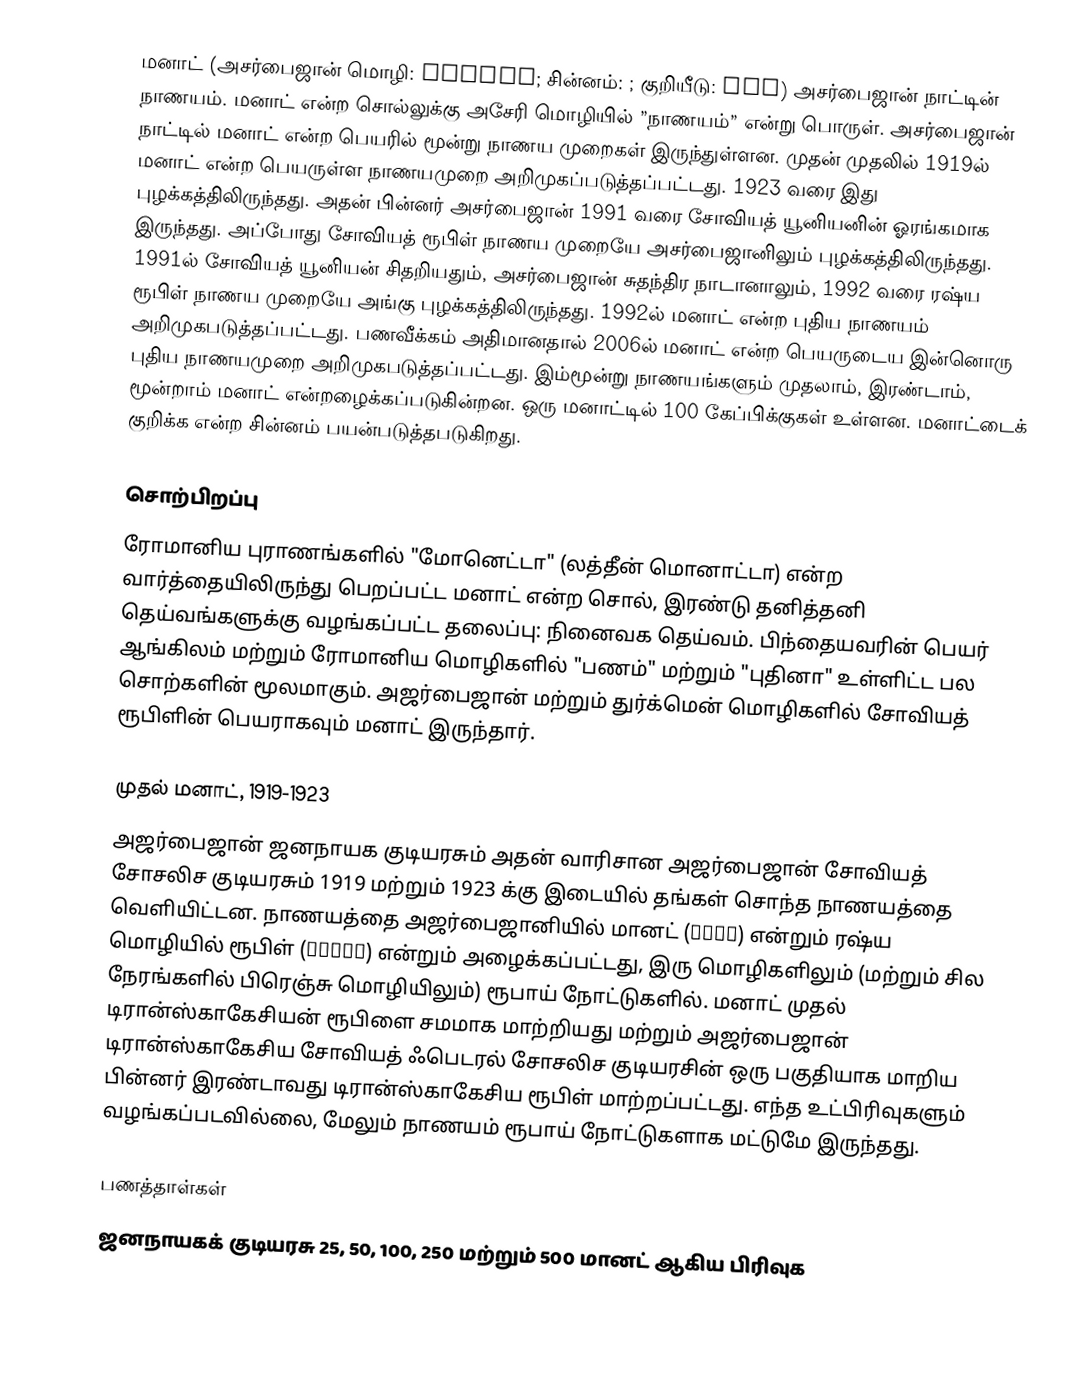
மனாட் (அசர்பைஜான் மொழி: manatı; சின்னம்: ; குறியீடு: AZN) அசர்பைஜான் நாட்டின் நாணயம். மனாட் என்ற சொல்லுக்கு அசேரி மொழியில் ”நாணயம்” என்று பொருள். அசர்பைஜான் நாட்டில் மனாட் என்ற பெயரில் மூன்று நாணய முறைகள் இருந்துள்ளன. முதன் முதலில் 1919ல் மனாட் என்ற பெயருள்ள நாணயமுறை அறிமுகப்படுத்தப்பட்டது. 1923 வரை இது புழக்கத்திலிருந்தது. அதன் பின்னர் அசர்பைஜான் 1991 வரை சோவியத் யூனியனின் ஓரங்கமாக இருந்தது. அப்போது சோவியத் ரூபிள் நாணய முறையே அசர்பைஜானிலும் புழக்கத்திலிருந்தது. 1991ல் சோவியத் யூனியன் சிதறியதும், அசர்பைஜான் சுதந்திர நாடானாலும், 1992 வரை ரஷ்ய ரூபிள் நாணய முறையே அங்கு புழக்கத்திலிருந்தது. 1992ல் மனாட் என்ற புதிய நாணயம் அறிமுகபடுத்தப்பட்டது. பணவீக்கம் அதிமானதால் 2006ல் மனாட் என்ற பெயருடைய இன்னொரு புதிய நாணயமுறை அறிமுகபடுத்தப்பட்டது. இம்மூன்று நாணயங்களும் முதலாம், இரண்டாம், மூன்றாம் மனாட் என்றழைக்கப்படுகின்றன. ஒரு மனாட்டில் 100 கேப்பிக்குகள் உள்ளன. மனாட்டைக் குறிக்க  என்ற சின்னம் பயன்படுத்தபடுகிறது.

சொற்பிறப்பு
ரோமானிய புராணங்களில் "மோனெட்டா" (லத்தீன் மொனாட்டா) என்ற வார்த்தையிலிருந்து பெறப்பட்ட மனாட் என்ற சொல், இரண்டு தனித்தனி தெய்வங்களுக்கு வழங்கப்பட்ட தலைப்பு: நினைவக தெய்வம். பிந்தையவரின் பெயர் ஆங்கிலம் மற்றும் ரோமானிய மொழிகளில் "பணம்" மற்றும் "புதினா" உள்ளிட்ட பல சொற்களின் மூலமாகும். அஜர்பைஜான் மற்றும் துர்க்மென் மொழிகளில் சோவியத் ரூபிளின் பெயராகவும் மனாட் இருந்தார்.

முதல் மனாட், 1919-1923
அஜர்பைஜான் ஜனநாயக குடியரசும் அதன் வாரிசான அஜர்பைஜான் சோவியத் சோசலிச குடியரசும் 1919 மற்றும் 1923 க்கு இடையில் தங்கள் சொந்த நாணயத்தை வெளியிட்டன. நாணயத்தை அஜர்பைஜானியில் மானட் (منات) என்றும் ரஷ்ய மொழியில் ரூபிள் (рубль) என்றும் அழைக்கப்பட்டது, இரு மொழிகளிலும் (மற்றும் சில நேரங்களில் பிரெஞ்சு மொழியிலும்) ரூபாய் நோட்டுகளில். மனாட் முதல் டிரான்ஸ்காகேசியன் ரூபிளை சமமாக மாற்றியது மற்றும் அஜர்பைஜான் டிரான்ஸ்காகேசிய சோவியத் ஃபெடரல் சோசலிச குடியரசின் ஒரு பகுதியாக மாறிய பின்னர் இரண்டாவது டிரான்ஸ்காகேசிய ரூபிள் மாற்றப்பட்டது. எந்த உட்பிரிவுகளும் வழங்கப்படவில்லை, மேலும் நாணயம் ரூபாய் நோட்டுகளாக மட்டுமே இருந்தது.

பணத்தாள்கள்
ஜனநாயகக் குடியரசு 25, 50, 100, 250 மற்றும் 500 மானட் ஆகிய பிரிவுக